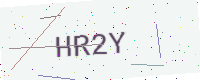
Text: HR2Y